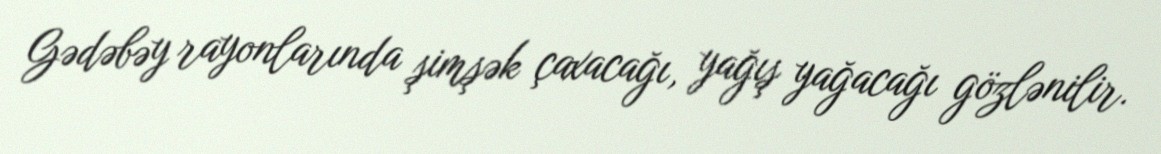
Gədəbəy rayonlarında şimşək çaxacağı, yağış yağacağı gözlənilir.